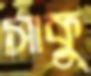
সাকু